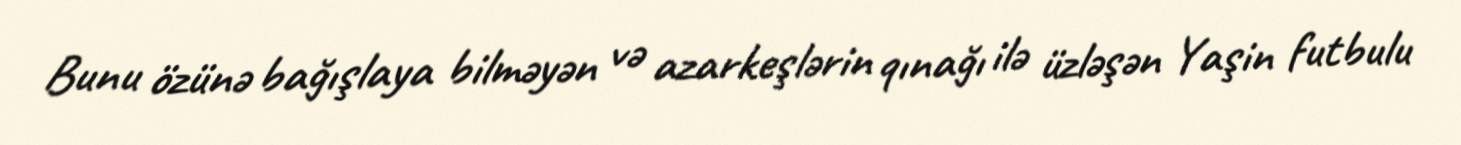
Bunu özünə bağışlaya bilməyən və azarkeşlərin qınağı ilə üzləşən Yaşin futbulu